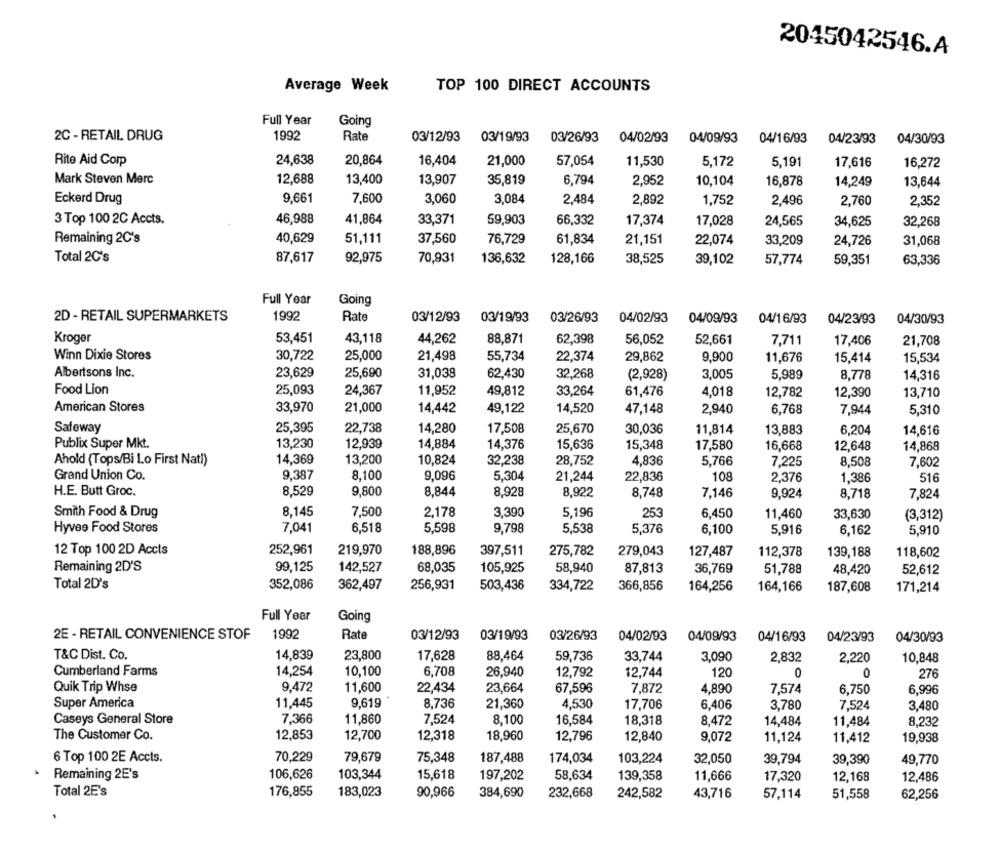
2045042546.A
Average Week
TOP 100 DIRECT ACCOUNTS
Full Year
Going
2C - RETAIL DRUG
1992
Rate
03/12/93
03/19/93
03/26/93
04/02/93
04/09/93
04/16/93
04/23/93
04/30/93
Rite Aid Corp
24,638
20,864
16,404
21,000
57,054
11,530
5,172
5,191
17,616
16,272
Mark Steven Merc
12,688
13,400
13,907
35,819
6,794
2,952
10,104
16,878
14,249
13,644
Eckerd Drug
9,661
7,600
3,060
3,084
2,484
2,892
1,752
2,496
2,760
2,352
3 Top 100 2C Accts.
46,988
41,864
33,371
59,903
66,332
17,374
17,028
24,565
34,625
32,268
Remaining 2C's
40,629
51,111
37,560
76,729
61,834
21,151
22,074
33,209
24,726
31,068
Total 2C's
87,617
92,975
70,931
136,632
128,166
38,525
39,102
57,774
59,351
63,336
Full Year
Going
2D - RETAIL SUPERMARKETS
1992
Rate
03/12/93
03/19/93
03/26/93
04/02/93
04/09/93
04/16/93
04/23/93
04/30/93
Kroger
53,451
43,118
44,262
88,871
62,398
56,052
52,661
7,711
17,406
21,708
Winn Dixie Stores
30,722
25,000
21,498
55,734
22,374
29,862
9,900
11,676
15,414
15,534
Albertsons Inc.
23,629
25,690
31,039
62.430
32,268
(2,928)
3,005
5,989
8,778
14,316
Food Lion
25,093
24,367
11,952
49,812
33,264
61,476
4,018
12,782
12,390
13,710
American Stores
33,970
21,000
14,442
49,122
14,520
47,148
2,940
6,768
7,944
5,310
Safeway
25,395
22,738
14,280
17,508
25,670
30,036
11,814
13,883
6,20
14,616
13,230
12,939
14,884
14,376
15,636
Publix Super Mkt.
15,348
17,580
16,668
12,648
14,868
Ahold (Tops/Bi Lo First Nati)
14,369
13,200
10,824
32,238
28,752
4,836
5,766
7,225
8,508
7,60
Grand Union Co.
9,387
8,100
9,096
5,304
21,244
22,836
108
2,376
1,386
516
H.E. Butt Groc.
8,529
9,800
8,844
8,928
8,922
8,748
7,146
9,924
8,718
7,824
8,145
7,500
2,178
3,390
5,196
6,450
Smith Food & Drug
253
11,460
33,630
(3,312)
Hyvee Food Stores
7,041
6,518
5,598
9,798
5,538
5,376
6,100
5,916
6,162
5,910
12 Top 100 2D Accts
252,961
219,970
188,896
397,511
275,782
279,043
127,487
112,378
139,188
118,602
Remaining 2D'S
99,125
142,527
68,035
105,925
58,940
87,813
36,769
51,788
48,420
52,612
Total 2D's
352,086
362,497
256,931
503,436
334,722
366,856
164,256
164,166
187,608
171,214
Full Year
Going
2E - RETAIL CONVENIENCE STOF
1992
Rate
03/12/93
03/19/93
03/26/93
04/02/93
04/09/93
04/16/93
04/23/93
04/30/93
T&C Dist. Co.
14,839
23,800
17,628
88,464
59,736
33,744
3,090
2,832
2,220
10,848
Cumberland Farms
14,254
10,100
6,708
26,940
12,792
12,744
120
0
0
276
Quik Trip Whse
9,472
11,600
22,434
23,664
67,596
7,872
4,890
7,574
6,750
6,996
Super America
11,445
9,619
8,736
21,360
4,530
17,706
6,406
3,780
7,524
3,480
Caseys General Store
7,366
11,860
7,524
8,100
16,584
18,318
8,472
14,484
11,484
8,232
The Customer Co.
12,853
12,700
12,318
18,960
12,796
12,840
9,072
11,124
11,412
19,938
6 Top 100 2E Accts.
70,229
79,679
75,348
187,488
174,034
103,224
32,050
39,794
49,770
39,390
Remaining 2E's
106,626
103,344
15,618
197,202
58,634
139,358
11,666
12,168
17,320
12,486
Total 2E's
176,855
183,023
90,966
384,690
232,668
43,716
242,582
57,114
51,558
62,256